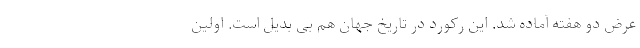
عرض دو هفته آماده شد. این رکورد در تاریخ جهان هم بی بدیل است. اولین